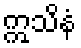
ဣသိနံ